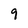
Character: q